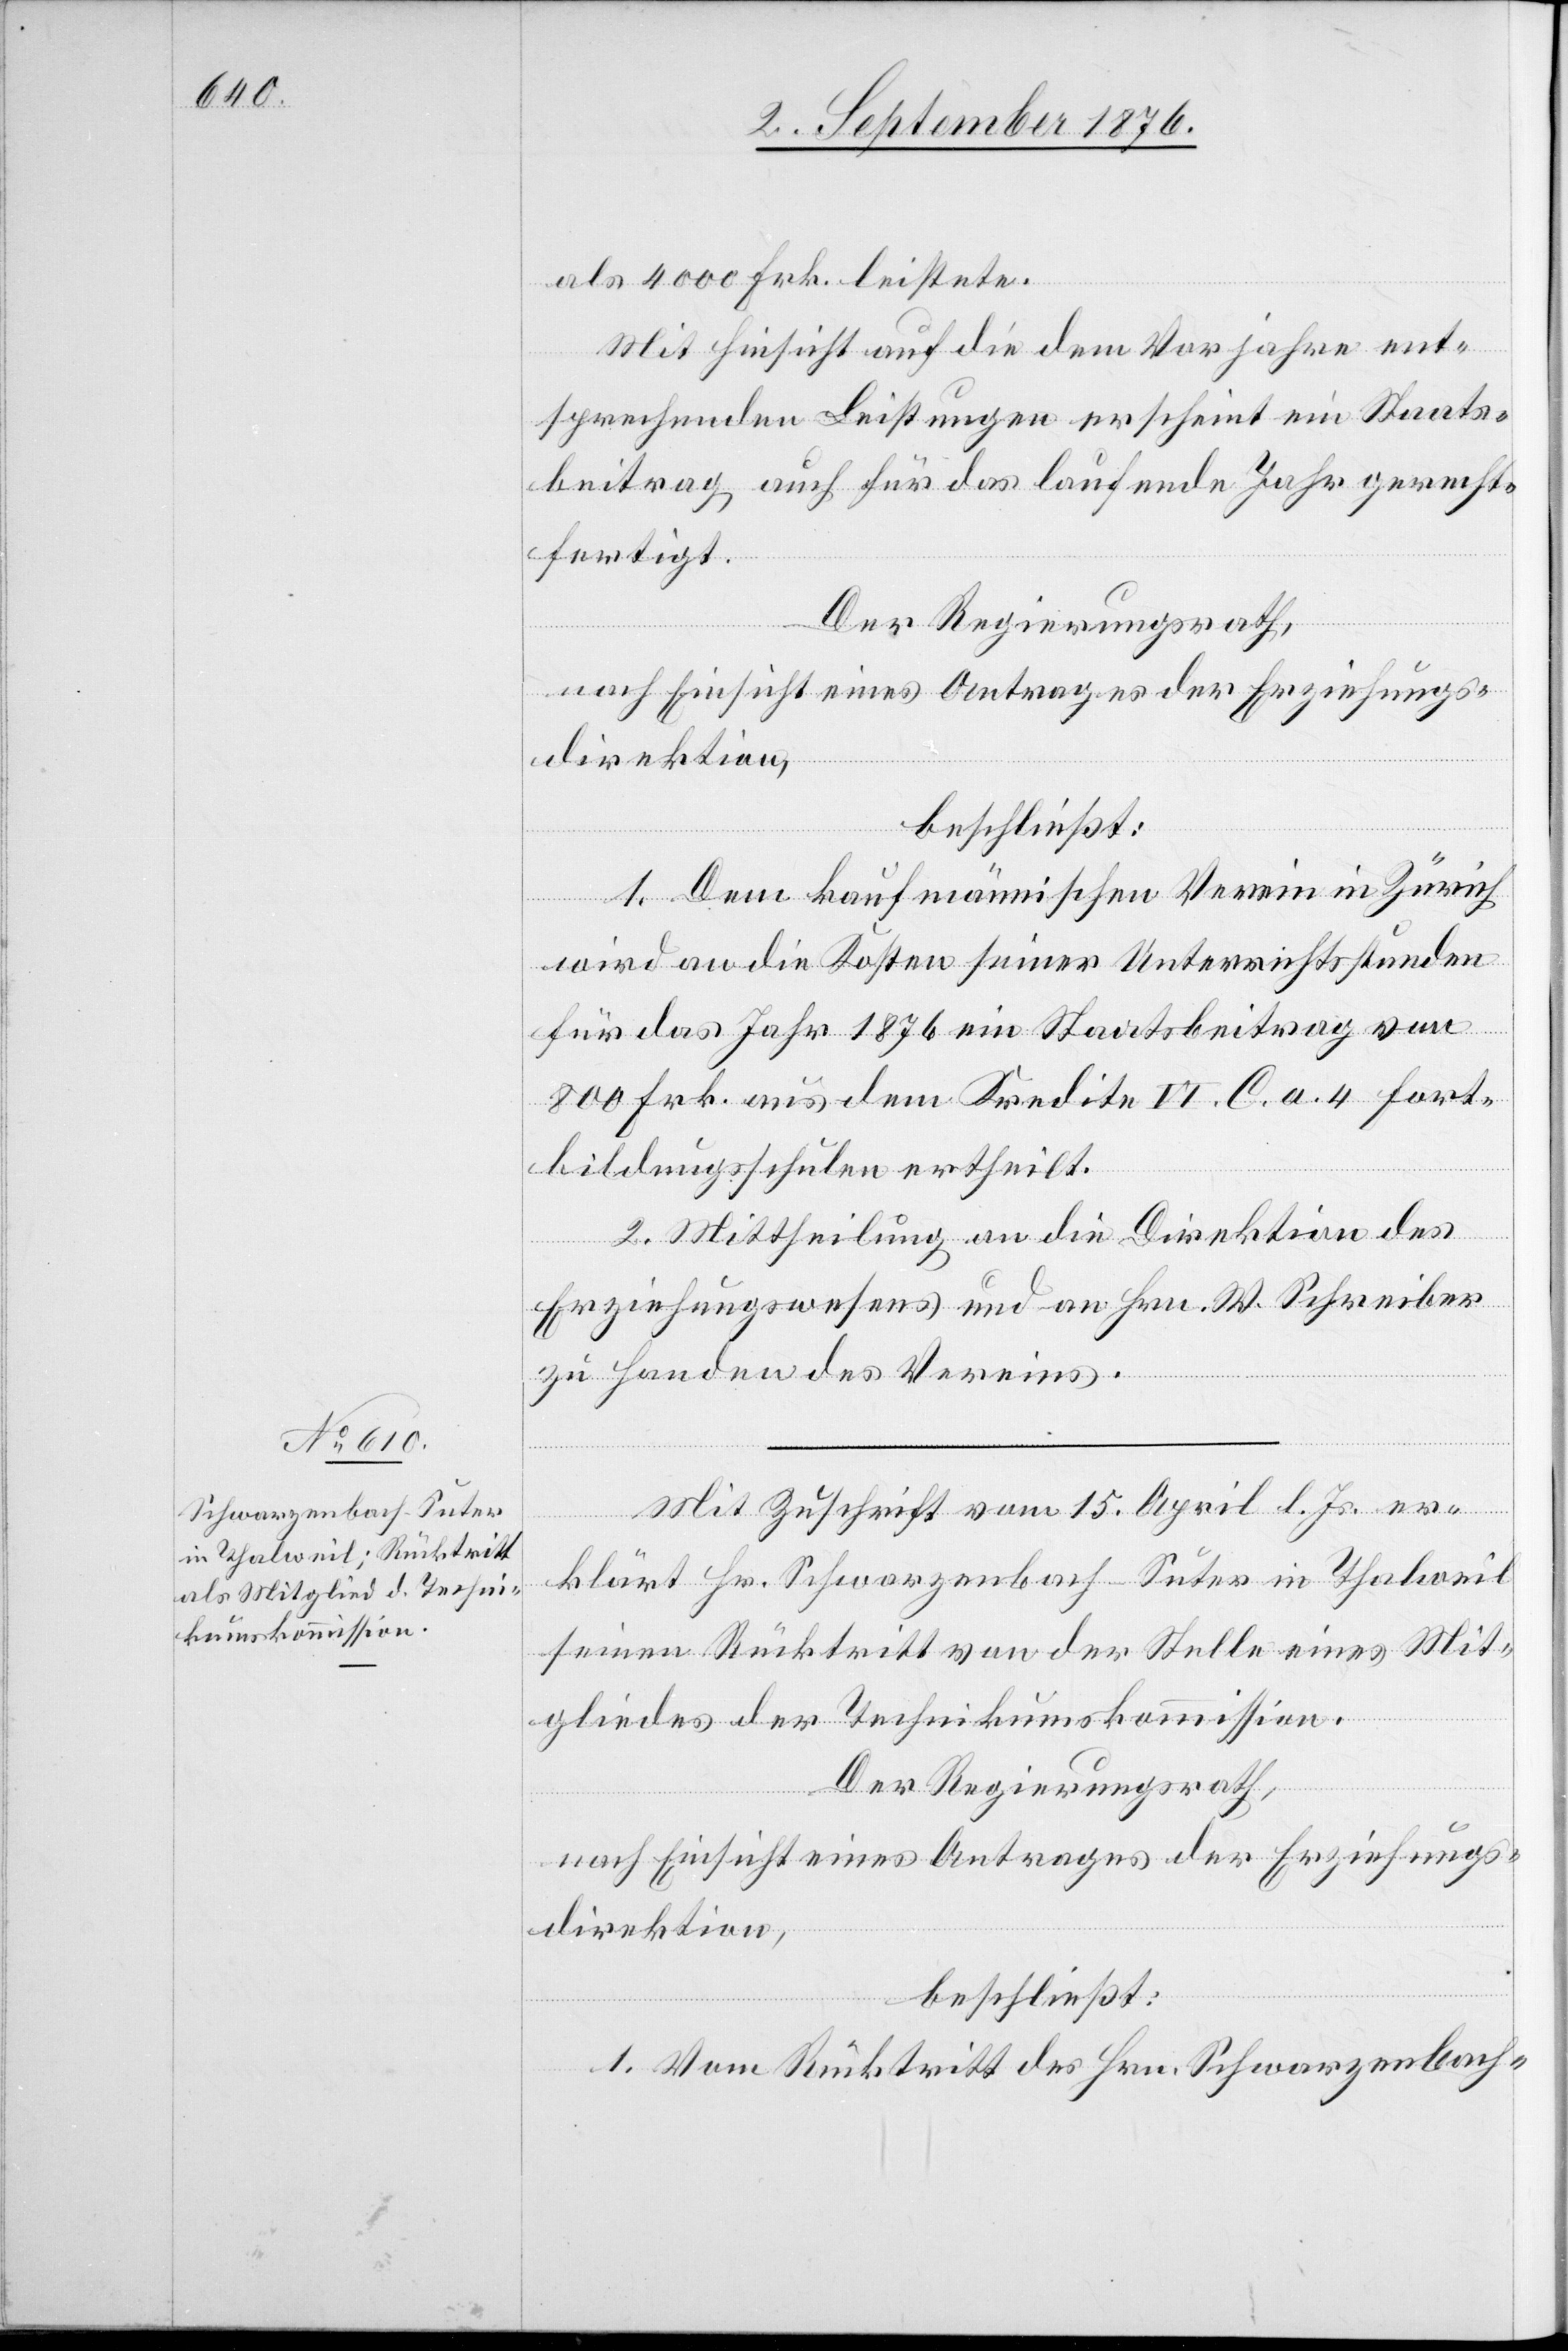
als 4000 Frk. leistete.
Mit Hinsicht auf die dem Vorjahre ent¬
sprechenden Leistungen erscheint ein Staats¬
beitrag auch für das laufende Jahr gerecht¬
fertigt.
Der Regierungsrath,
nach Einsicht eines Antrages der Direktion des
beschließt:
1. Dem kaufmännischen Verein in Zürich
wird an die Kosten seiner Unterrichtsstunden
für das Jahr 1876 ein Staatsbeitrag von
800 Frk. aus dem Kredite VI. C. a. 4 Fort¬
bildungsschulen ertheilt.
2. Mittheilung an die Direktion des
Erziehungswesens und an Hrn. W. Schreiber
zu Handen des Vereins.
Mit Zuschrift vom 15. April l. Js. er¬
klärt Hr. Schwarzenbach-Suter in Thalweil
seinen Rücktritt von der Stelle eines Mit¬
gliedes der Technikumskommission.
Der Regierungsrath,
nach Einsicht eines Antrages der Direktion des
beschließt:
1. Vom Rücktritt des Hrn. Schwarzenbach-